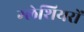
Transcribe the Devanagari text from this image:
ग्‍लेशियरों